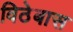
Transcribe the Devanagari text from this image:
विठेबास